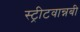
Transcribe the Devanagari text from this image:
स्ट्रीटवान्नबी